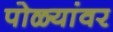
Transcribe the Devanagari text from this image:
पोळ्यांवर